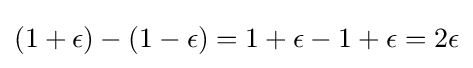
(1+\epsilon )-(1-\epsilon )=1+\epsilon -1+\epsilon =2\epsilon